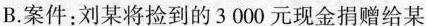
B.案件：刘某将捡到的3 000元现金捐赠给某